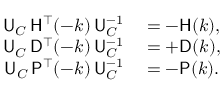
\begin{array} { r l } { { \sf U } _ { C } \, { \sf H } ^ { \top } ( - k ) \, { \sf U } _ { C } ^ { - 1 } } & { { } = - { \sf H } ( k ) , } \\ { { \sf U } _ { C } \, { \sf D } ^ { \top } ( - k ) \, { \sf U } _ { C } ^ { - 1 } } & { { } = + { \sf D } ( k ) , } \\ { { \sf U } _ { C } \, { \sf P } ^ { \top } ( - k ) \, { \sf U } _ { C } ^ { - 1 } } & { { } = - { \sf P } ( k ) . } \end{array}